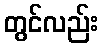
တွင်လည်း